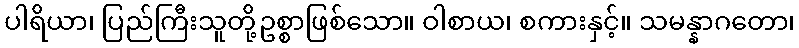
ပါရိယာ၊ ပြည်ကြီးသူတို့ဥစ္စာဖြစ်သော။ ဝါစာယ၊ စကားနှင့်။ သမန္နာဂတော၊